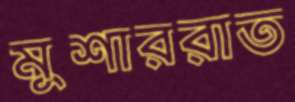
মুশাররাত